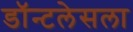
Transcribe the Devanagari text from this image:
डॉन्टलेसला